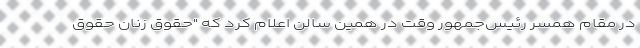
در مقام همسر رئیس‌جمهور وقت در همین سالن اعلام کرد که "حقوق زنان حقوق